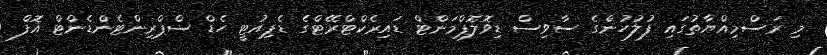
މި ރަސްމިއްޔާތުގައި ފުލުުހުންގެ ސާވިސް ޑިވޮލޮޕްމަންޓް ޑައިރެކްޓްރޭޓްގެ ޑެޕިއުޓީ ހެޑް ސްޕްރިންޓެންޑެންޓް އޮފް